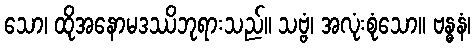
သော၊ ထိုအနောမဒဿိဘုရားသည်။ သဗ္ဗံ၊ အလုံးစုံသော။ ဗန္ဓနံ၊